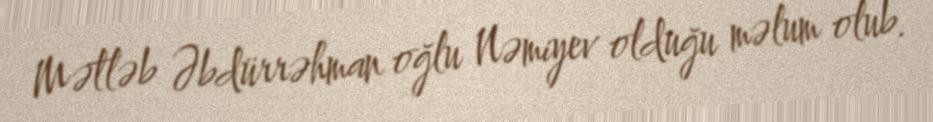
Mətləb Əbdürrəhman oğlu Nəmiyev olduğu məlum olub.